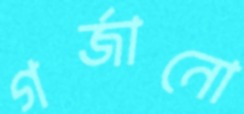
গর্‌জানো